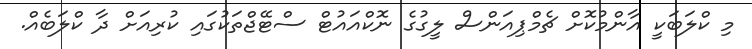
މި ކްލަބަކީ އާންމުކޮށް ޗެމްޕިއަންސް ލީގުގެ ނޮކްއައުޓް ސްޓޭޖްތަކުގައި ކުރިއަށް ދާ ކްލަބެއް.